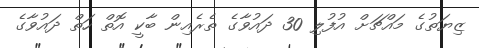
ޒިޔަތުގެ މައްޗަށް އުފުލި 30 ދައުވާގެ ތެރެއިން ބާކީ އޮތް ހަތް ދައުވާގެ